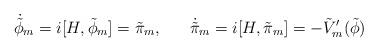
LaTeX: \begin{align*}\dot{\tilde{\phi}}_{m} = i [H,\tilde{\phi}_{m}] = \tilde{\pi}_{m}, \; \; \; \; \; \; \dot{\tilde{\pi}}_{m} = i [H, \tilde{\pi}_{m}] = - \tilde{V}'_{m} (\tilde{\phi})\end{align*}